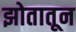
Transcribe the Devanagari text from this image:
झोतातून